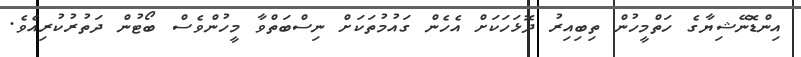
އިންޑޮނޭޝިޔާގެ ހަތްމީހުން ތިބިއިރު ދޮޅަހަކަށް އެހެން ގައުމުތަކަށް ނިސްބަތްވާ މީހުންވެސް ބޯޓުން ދަތުރުކުރިއެވެ.